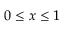
0 \leq x \leq 1